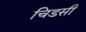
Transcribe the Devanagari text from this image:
चिडसी